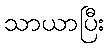
သာယာပြီး